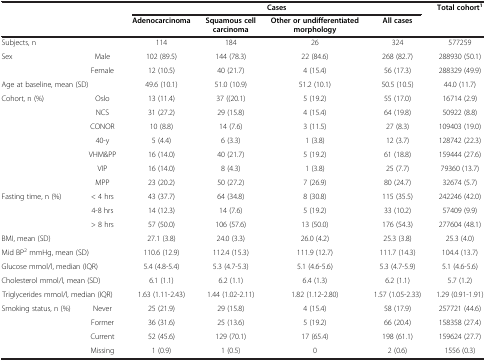
<table><thead><tr><td><b> </b></td><td><b> </b></td><td colspan="4"><b>Cases</b></td><td><b>Total cohort<sup>1</sup></b></td></tr><tr><td><b> </b></td><td><b> </b></td><td><b>Adenocarcinoma</b></td><td><b>Squamous cell carcinoma</b></td><td><b>Other or undifferentiated morphology</b></td><td><b>All cases</b></td><td><b> </b></td></tr></thead><tbody><tr><td>Subjects, n</td><td> </td><td>114</td><td>184</td><td>26</td><td>324</td><td>577259</td></tr><tr><td rowspan="2">Sex</td><td>Male</td><td>102 (89.5)</td><td>144 (78.3)</td><td>22 (84.6)</td><td>268 (82.7)</td><td>288930 (50.1)</td></tr><tr><td>Female</td><td>12 (10.5)</td><td>40 (21.7)</td><td>4 (15.4)</td><td>56 (17.3)</td><td>288329 (49.9)</td></tr><tr><td colspan="2">Age at baseline, mean (SD)</td><td>49.6 (10.1)</td><td>51.0 (10.9)</td><td>51.2 (10.1)</td><td>50.5 (10.5)</td><td>44.0 (11.7)</td></tr><tr><td rowspan="7">Cohort, n (%)</td><td>Oslo</td><td>13 (11.4)</td><td>37 ((20.1)</td><td>5 (19.2)</td><td>55 (17.0)</td><td>16714 (2.9)</td></tr><tr><td>NCS</td><td>31 (27.2)</td><td>29 (15.8)</td><td>4 (15.4)</td><td>64 (19.8)</td><td>50922 (8.8)</td></tr><tr><td>CONOR</td><td>10 (8.8)</td><td>14 (7.6)</td><td>3 (11.5)</td><td>27 (8.3)</td><td>109403 (19.0)</td></tr><tr><td>40-y</td><td>5 (4.4)</td><td>6 (3.3)</td><td>1 (3.8)</td><td>12 (3.7)</td><td>128742 (22.3)</td></tr><tr><td>VHM&amp;PP</td><td>16 (14.0)</td><td>40 (21.7)</td><td>5 (19.2)</td><td>61 (18.8)</td><td>159444 (27.6)</td></tr><tr><td>VIP</td><td>16 (14.0)</td><td>8 (4.3)</td><td>1 (3.8)</td><td>25 (7.7)</td><td>79360 (13.7)</td></tr><tr><td>MPP</td><td>23 (20.2)</td><td>50 (27.2)</td><td>7 (26.9)</td><td>80 (24.7)</td><td>32674 (5.7)</td></tr><tr><td rowspan="3">Fasting time, n (%)</td><td>&lt; 4 hrs</td><td>43 (37.7)</td><td>64 (34.8)</td><td>8 (30.8)</td><td>115 (35.5)</td><td>242246 (42.0)</td></tr><tr><td>4-8 hrs</td><td>14 (12.3)</td><td>14 (7.6)</td><td>5 (19.2)</td><td>33 (10.2)</td><td>57409 (9.9)</td></tr><tr><td>&gt; 8 hrs</td><td>57 (50.0)</td><td>106 (57.6)</td><td>13 (50.0)</td><td>176 (54.3)</td><td>277604 (48.1)</td></tr><tr><td>BMI, mean (SD)</td><td> </td><td>27.1 (3.8)</td><td>24.0 (3.3)</td><td>26.0 (4.2)</td><td>25.3 (3.8)</td><td>25.3 (4.0)</td></tr><tr><td colspan="2">Mid BP<sup>2</sup> mmHg, mean (SD)</td><td>110.6 (12.9)</td><td>112.4 (15.3)</td><td>111.9 (12.7)</td><td>111.7 (14.3)</td><td>104.4 (13.7)</td></tr><tr><td colspan="2">Glucose mmol/l, median (IQR)</td><td>5.4 (4.8-5.4)</td><td>5.3 (4.7-5.3)</td><td>5.1 (4.6-5.6)</td><td>5.3 (4.7-5.9)</td><td>5.1 (4.6-5.6)</td></tr><tr><td colspan="2">Cholesterol mmol/l, mean (SD)</td><td>6.1 (1.1)</td><td>6.2 (1.1)</td><td>6.4 (1.3)</td><td>6.2 (1.1)</td><td>5.7 (1.2)</td></tr><tr><td colspan="2">Triglycerides mmol/l, median (IQR)</td><td>1.63 (1.11-2.43)</td><td>1.44 (1.02-2.11)</td><td>1.82 (1.12-2.80)</td><td>1.57 (1.05-2.33)</td><td>1.29 (0.91-1.91)</td></tr><tr><td rowspan="3">Smoking status, n (%)</td><td>Never</td><td>25 (21.9)</td><td>29 (15.8)</td><td>4 (15.4)</td><td>58 (17.9)</td><td>257721 (44.6)</td></tr><tr><td>Former</td><td>36 (31.6)</td><td>25 (13.6)</td><td>5 (19.2)</td><td>66 (20.4)</td><td>158358 (27.4)</td></tr><tr><td>Current</td><td>52 (45.6)</td><td>129 (70.1)</td><td>17 (65.4)</td><td>198 (61.1)</td><td>159624 (27.7)</td></tr><tr><td> </td><td>Missing</td><td>1 (0.9)</td><td>1 (0.5)</td><td>0</td><td>2 (0.6)</td><td>1556 (0.3)</td></tr></tbody></table>